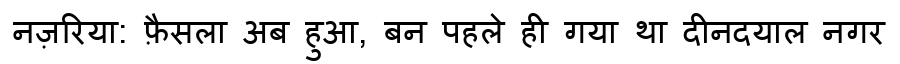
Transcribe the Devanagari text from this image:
नज़रिया: फ़ैसला अब हुआ, बन पहले ही गया था दीनदयाल नगर